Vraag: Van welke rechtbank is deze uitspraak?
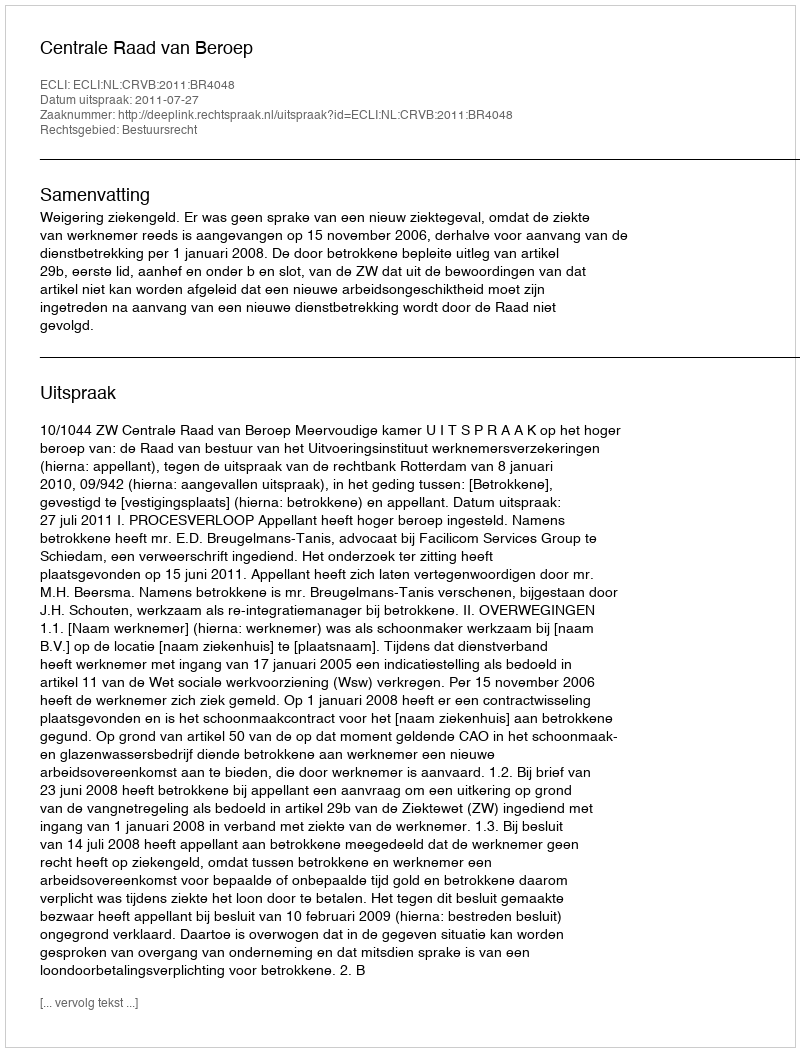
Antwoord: Centrale Raad van Beroep